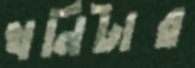
খনিটার